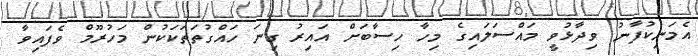
އެމަނިކުފާނު ވިދާޅުވީ މައްސަލައިގެ މިހާ ހިސާބަށް އައިރު ގިނަ ހައްގުތަތަކަކުން މަހުރޫމް ވެފައިވާ